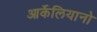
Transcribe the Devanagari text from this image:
आर्केलियानो